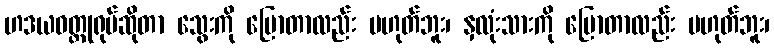
ဟဒယဝတ္ထုရုပ်ဆိုတာ သွေးကို ပြောတာလည်း မဟုတ်ဘူး၊ နှလုံးသားကို ပြောတာလည်း မဟုတ်ဘူး၊